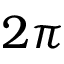
2 \pi